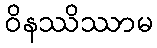
ဝိနဿိဿာမ